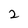
Character: 2